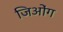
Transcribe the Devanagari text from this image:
जिओंग